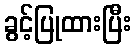
ခွင့်ပြုထားပြီး